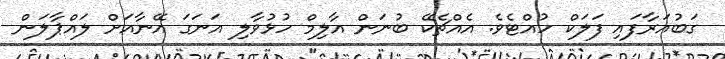
ގަބުއަރާފައި ފަލަކް ހުއްޓެވެ. އެއްޗެކޭ ބުނަން އާލިމް ހުޅުވާލި އަނަގަ އޭނާއަށް ލައްޕާލަން